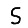
Digit: 5